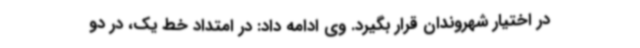
در اختیار شهروندان قرار بگیرد. وی ادامه داد: در امتداد خط یک، در دو